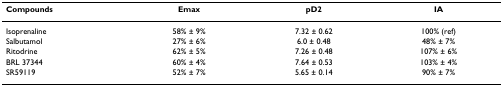
<table><thead><tr><td><b>Compounds</b></td><td><b>Emax</b></td><td><b>pD2</b></td><td><b>IA</b></td></tr></thead><tbody><tr><td>Isoprenaline</td><td>58% ± 9%</td><td>7.32 ± 0.62</td><td>100% (ref)</td></tr><tr><td>Salbutamol</td><td>27% ± 6%</td><td>6.0 ± 0.48</td><td>48% ± 7%</td></tr><tr><td>Ritodrine</td><td>62% ± 5%</td><td>7.26 ± 0.48</td><td>107% ± 6%</td></tr><tr><td>BRL 37344</td><td>60% ± 4%</td><td>7.64 ± 0.53</td><td>103% ± 4%</td></tr><tr><td>SR59119</td><td>52% ± 7%</td><td>5.65 ± 0.14</td><td>90% ± 7%</td></tr></tbody></table>